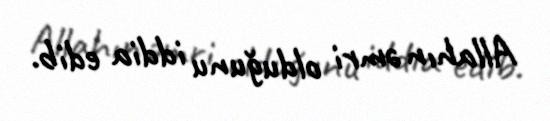
Allahın əmri olduğunu iddia edib.